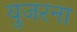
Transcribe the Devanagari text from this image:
युजरना